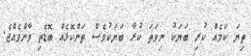
ތިޔަ ކަމެއް ކުރި ބަޔަކު ނިވަތަ ކުރާ ބަޔަކުވެސް ތަންކޮޅެއް ބޮޑެތި ވާންވެއްޖެ.